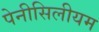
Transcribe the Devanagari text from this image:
पेनीसिलीयम